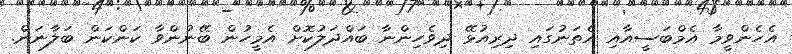
އެހެންވީމާ އެމްބަސީއާއި އެތަނުގައި ދިރިއުޅޭ ދިވެހިންނާ ބައްދަލުކޮށް އެމީހުން ބޭނުންވާ ކަންކަން ބަލާނަން.